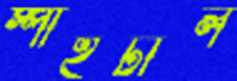
স্পাইটাল